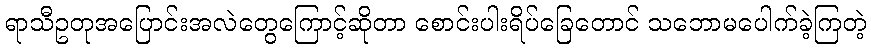
ရာသီဥတုအပြောင်းအလဲတွေကြောင့်ဆိုတာ စောင်းပါးရိပ်ခြေတောင် သဘောမပေါက်ခဲ့ကြတဲ့